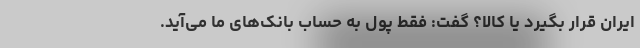
ایران قرار بگیرد یا کالا؟ گفت: فقط پول به حساب بانک‌های ما می‌آید.